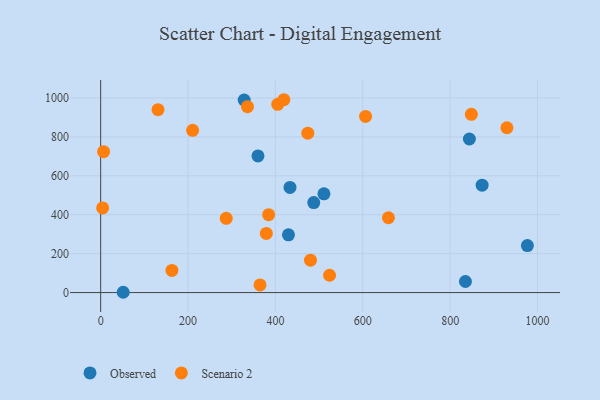
{"axis": {"x": "Investment", "y": "Salary"}, "legend": ["Observed", "Scenario 2"], "data": [{"x": "360.1", "y": 702.2, "type": "Observed"}, {"x": "873.2", "y": 551.9, "type": "Observed"}, {"x": "328.5", "y": 989.6, "type": "Observed"}, {"x": "433.4", "y": 540.6, "type": "Observed"}, {"x": "487.8", "y": 462.7, "type": "Observed"}, {"x": "429.9", "y": 296.6, "type": "Observed"}, {"x": "844.1", "y": 789.3, "type": "Observed"}, {"x": "976.8", "y": 241.6, "type": "Observed"}, {"x": "51.6", "y": 1.5, "type": "Observed"}, {"x": "835.0", "y": 56.9, "type": "Observed"}, {"x": "511.1", "y": 507.6, "type": "Observed"}, {"x": "384.5", "y": 400.3, "type": "Scenario 2"}, {"x": "606.4", "y": 905.5, "type": "Scenario 2"}, {"x": "336.1", "y": 955.2, "type": "Scenario 2"}, {"x": "6.7", "y": 724.0, "type": "Scenario 2"}, {"x": "405.3", "y": 967.6, "type": "Scenario 2"}, {"x": "163.1", "y": 113.8, "type": "Scenario 2"}, {"x": "4.5", "y": 434.9, "type": "Scenario 2"}, {"x": "364.8", "y": 39.5, "type": "Scenario 2"}, {"x": "474.2", "y": 819.1, "type": "Scenario 2"}, {"x": "419.4", "y": 991.1, "type": "Scenario 2"}, {"x": "480.3", "y": 166.3, "type": "Scenario 2"}, {"x": "379.2", "y": 304.2, "type": "Scenario 2"}, {"x": "658.8", "y": 384.6, "type": "Scenario 2"}, {"x": "930.0", "y": 847.0, "type": "Scenario 2"}, {"x": "210.5", "y": 833.8, "type": "Scenario 2"}, {"x": "848.6", "y": 916.1, "type": "Scenario 2"}, {"x": "287.5", "y": 381.6, "type": "Scenario 2"}, {"x": "131.3", "y": 940.2, "type": "Scenario 2"}, {"x": "524.0", "y": 89.1, "type": "Scenario 2"}]}